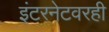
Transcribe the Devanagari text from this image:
इंटरनेटवरही